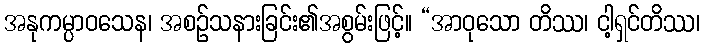
အနုကမ္ပာဝသေန၊ အစဉ်သနားခြင်း၏အစွမ်းဖြင့်။ “အာဝုသော တိဿ၊ ငါ့ရှင်တိဿ၊